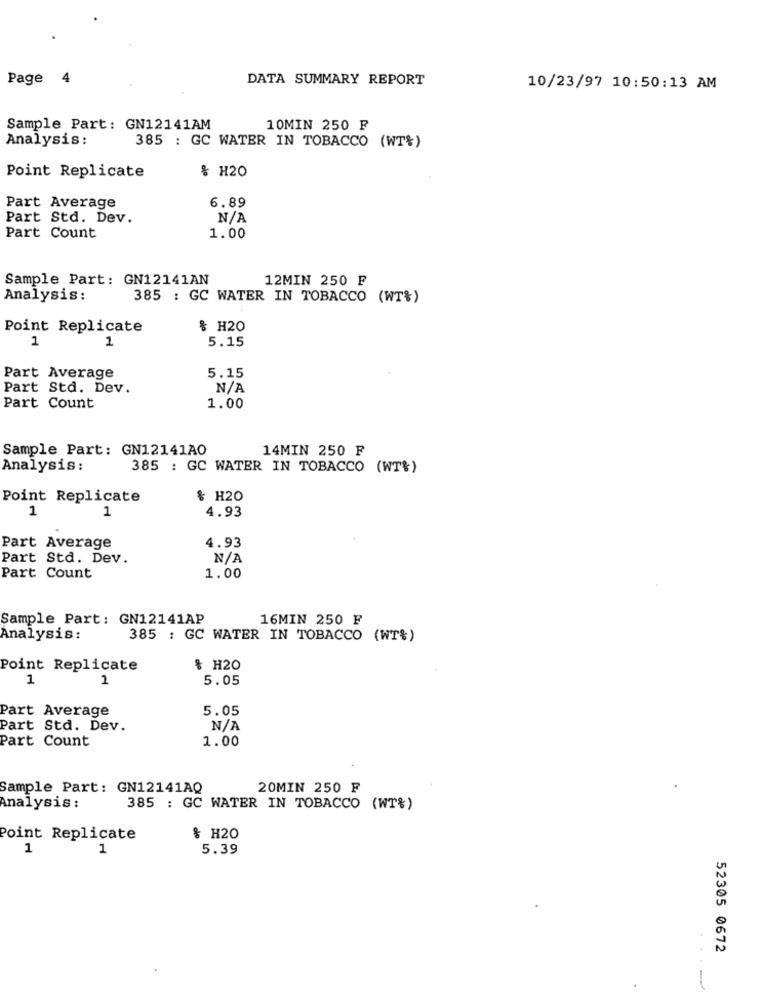
Page
4
DATA SUMMARY REPORT
10/23/97 10:50:13 AM
Sample Part: GN12141AM
10MIN 250 ₽
Analysis:
385 : GC WATER IN TOBACCO (WT%)
% H20
Point Replicate
Part Average
6.89
Part Std. Dev.
Part Count
1.00
Sample Part: GN12141AN
12MIN 250 F
Analysis :
385 : GC WATER IN TOBACCO (WT%)
Point Replicate
& H20
1
1
5.15
5.15
Part Average
Part Std. Dev.
Part Count
1.00
Sample Part: GN12141AO
14MIN 250 F
Analysis:
385 : GC WATER IN TOBACCO (WT%)
Point Replicate
& H20
1
4.93
1
Part Average
4.93
Part Std. Dev.
NA
Part Count
1.00
Sample Part: GN12141AP
16MIN 250 F
Analysis :
385 : GC WATER IN TOBACCO (WT%)
Point Replicate
% H20
1
1
5.05
Part Average
5.05
Part Std. Dev.
Part Count
1.00
Sample Part: GN12141AQ
20MIN 250 F
Analysis :
385 : GC WATER IN TOBACCO (WT%)
Point Replicate
& H20
1
1
5.39
52305 0672
-